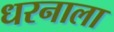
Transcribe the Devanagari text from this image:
धरनाला